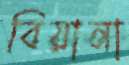
বিয়ানা